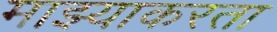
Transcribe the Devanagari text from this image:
माझ्याकरता